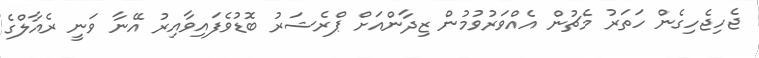
ޖެހިޖެހިގެން ހަތަރު މެޗުން އެއްވަރުވުމުން ޒިދާންއަށް ޕްރެޝަރު ބޮޑުވެފައިވާއިރު އޭނާ ވަނީ ރެއާލްގެ